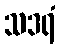
သဒရံ